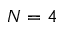
N = 4